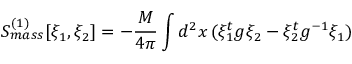
S _ { m a s s } ^ { ( 1 ) } [ \xi _ { 1 } , \xi _ { 2 } ] = - \frac { M } { 4 \pi } \int d ^ { 2 } x \, ( \xi _ { 1 } ^ { t } g \xi _ { 2 } - \xi _ { 2 } ^ { t } g ^ { - 1 } \xi _ { 1 } )